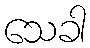
သေခါ